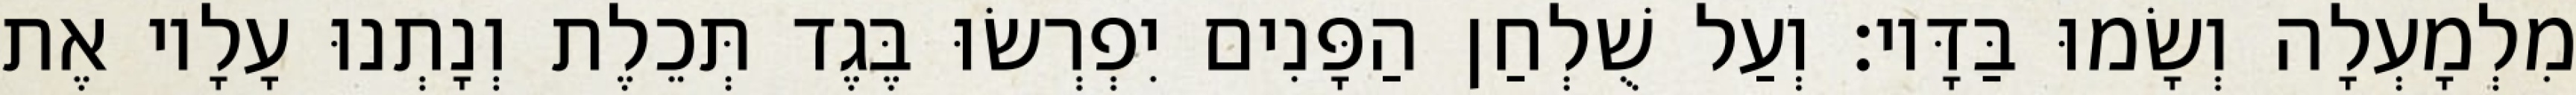
מִלְמָעְלָה וְשָׂמוּ בַּדָּיו׃ וְעַל שֻׁלְחַן הַפָּנִים יִפְרְשׂוּ בֶּגֶד תְּכֵלֶת וְנָתְנוּ עָלָיו אֶת